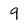
Character: 9